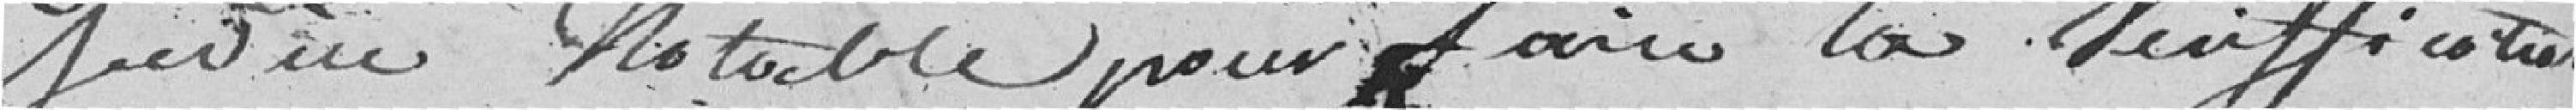
Ledieu Notable pour faire les veriffications